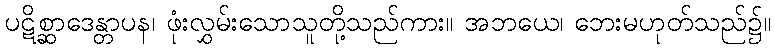
ပဋိစ္ဆာဒေန္တာပန၊ ဖုံးလွှမ်းသောသူတို့သည်ကား။ အဘယေ၊ ဘေးမဟုတ်သည်၌။